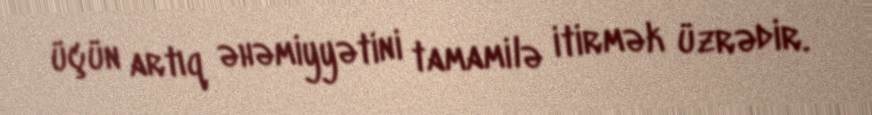
üçün artıq əhəmiyyətini tamamilə itirmək üzrədir.